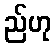
ည်ဟု